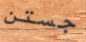
جستن